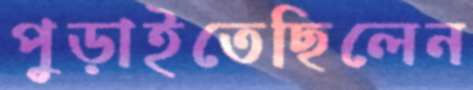
পুড়াইতেছিলেন